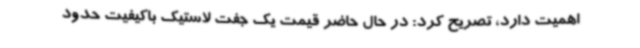
اهمیت دارد، تصریح کرد: در حال حاضر قیمت یک جفت لاستیک باکیفیت حدود